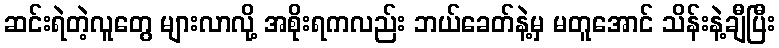
ဆင်းရဲတဲ့လူတွေ များလာလို့ အစိုးရကလည်း ဘယ်ခေတ်နဲ့မှ မတူအောင် သိန်းနဲ့ချီပြီး